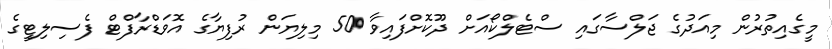
މީގެއިތުރުން މިއަދުގެ ޖަލްސާގައި ސްޓެލްކޯއަށް ދޫކޮށްފައިވާ 50 މިލިޔަން ރުފިޔާގެ އޮވަޑްރާފްޓް ފެސިލިޓީގެ